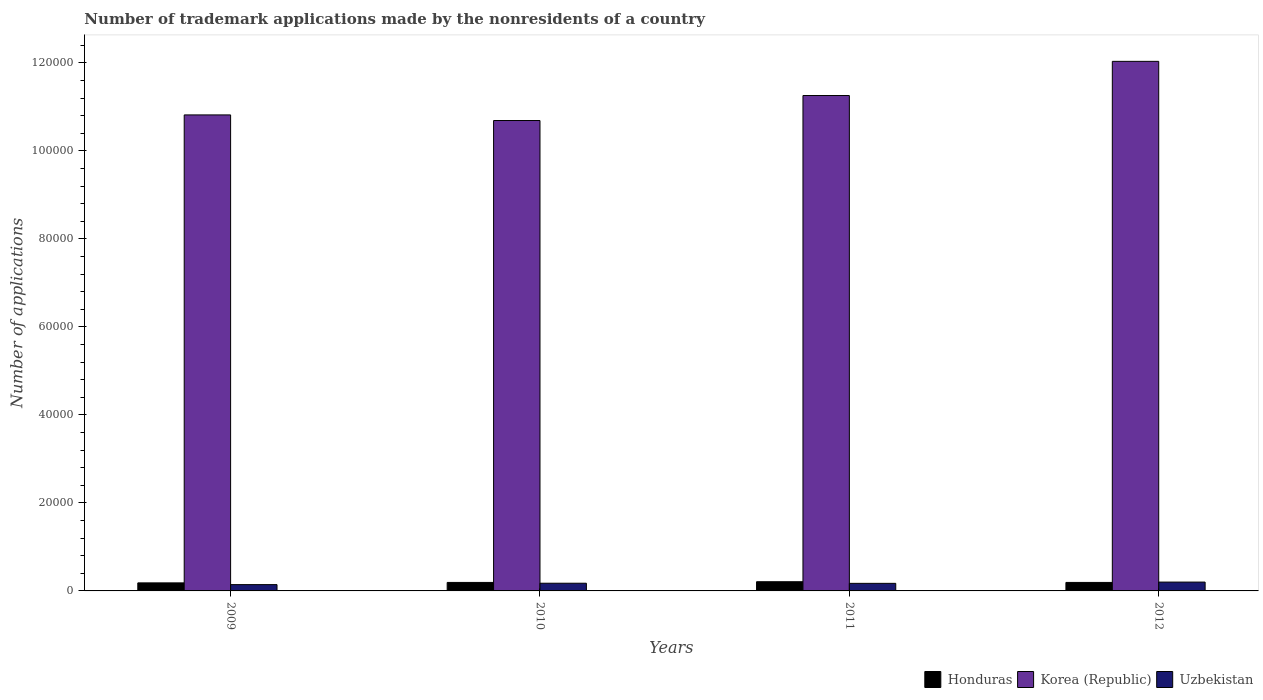
| Years | Honduras | Korea (Republic) | Uzbekistan |
 | --- | --- | --- | --- |
 | 2009 | 1.83e+03 | 1.08e+05 | 1.43e+03 |
 | 2010 | 1.93e+03 | 1.07e+05 | 1.75e+03 |
 | 2011 | 2.09e+03 | 1.13e+05 | 1.72e+03 |
 | 2012 | 1.93e+03 | 1.2e+05 | 2.01e+03 |